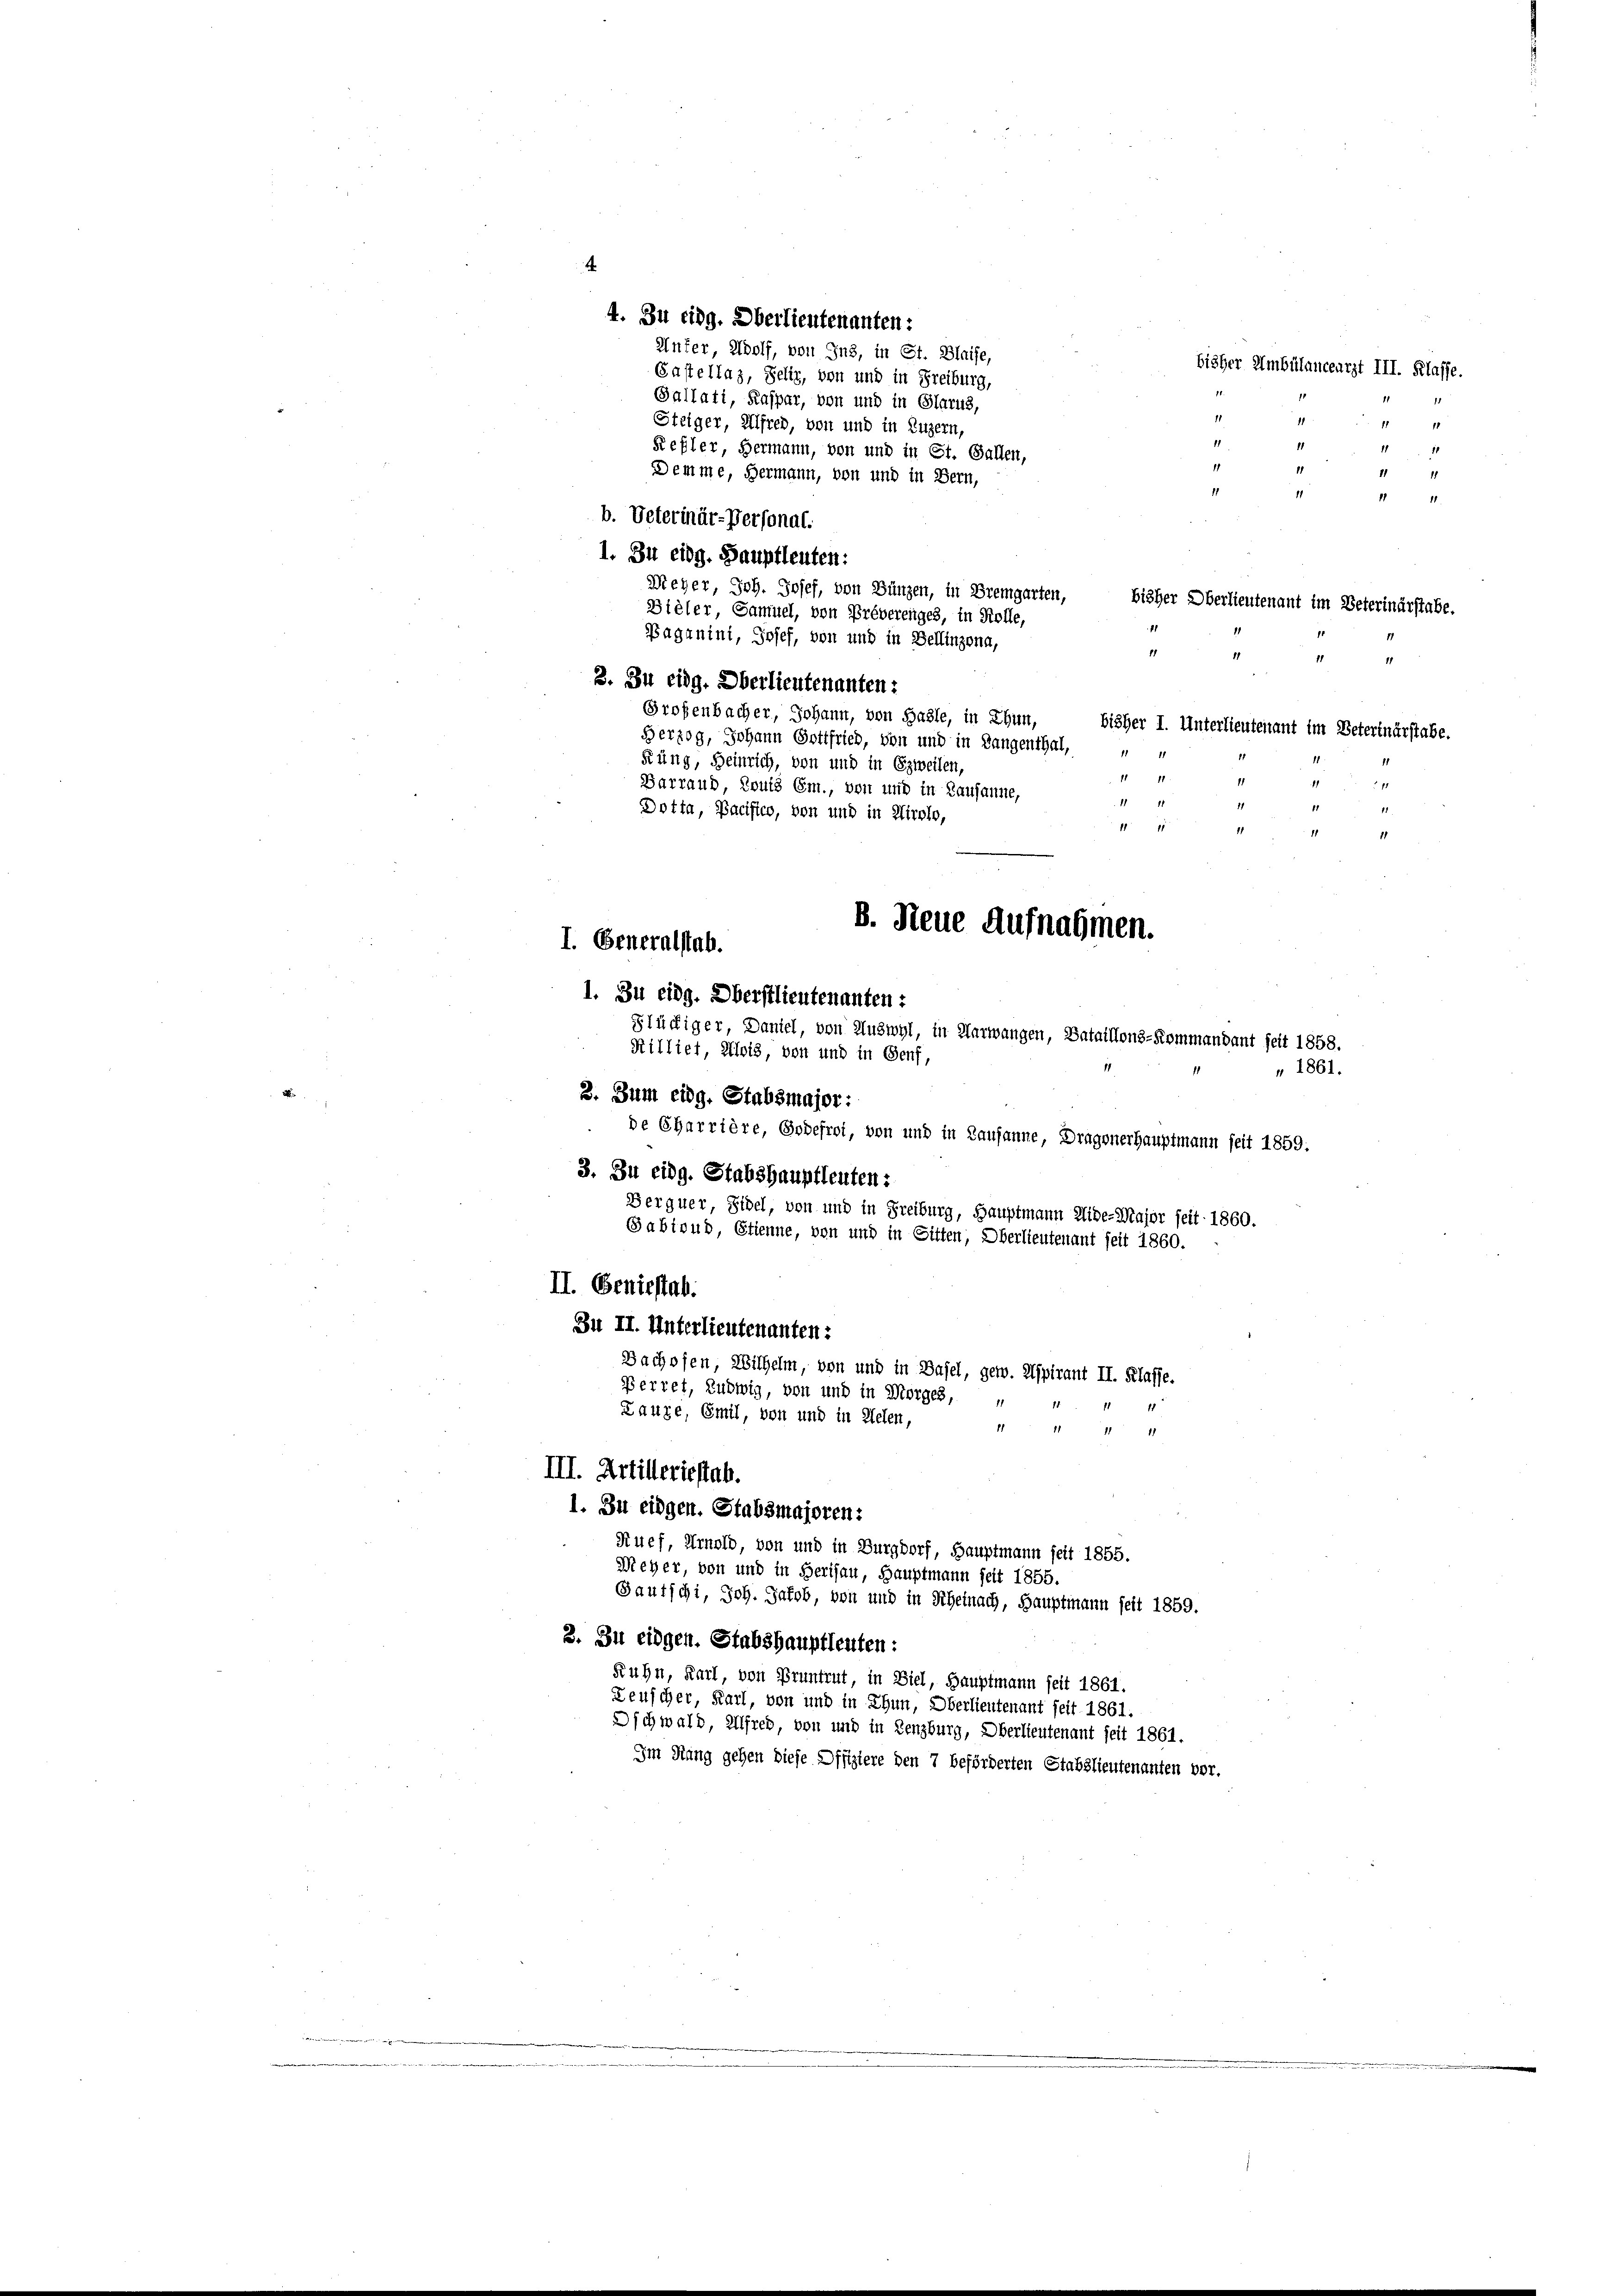
A

4
4. Zu eidg. Oberlieutenanten:
Unter, Wolf, von Jnz, in St. Blaise,
bisher Ambülanceurst III. Klasse.
Castellaz, Jelir, von und in Freiburg,
Sallati, Kaspar, von und in Glarus,
11
1
7
Steiger, Alfred, von und in Luzern,
1
11
Refler, Hermann, von und in St. Gallen,

1
II
Demme, Hermann, von und in Bern,
1
771. 1
b. Veterinär-Personal-
1. Zu eidg. Hauptleuten:
Weyer, Joh. Josef, von Bünzen, in Bremgarten,
bisher Oberlieutenant im Veterinärstabe.
Bieler, Samuel, von Préverenges, in Rolle,
1
Paganini, Josef, von und in Bellinzona,
11
741
3. In eidg. Oberlieutenanten:
Großenbacher, Johann, von Basle, in Thun,
bisher I. Unterlieutenant im Beterinärstabe.
Herzog, Johann Gottfried, von und in Langenthal,
.
1
Kung, Heinrich, von und in Erweilen,
1111.
11
Barraud, Route Em., von und in Lausanne,
1111
41.
Dotta, Pacifico, von und in Airolo,
1
11
11
1
1. Zu eidg. Oberstlieutenanten:
Flüchiger, Daniel, von Auswyl, in Verwangen, Bataillons-Kommandant seit 1858.
Rilliet, Alois, von und in Genf,
2. Zum eidg. Stabsmajor :
de Charrière, Godefrot, von und in Lausanne, Dragonerhauptmann seit 1859:
3. Zu eidg. Stabshauptleuten:
Berquer, Fidel, von und in Freiburg, Hauptmann Eide-Major seit 1860.
Sabtrud, Etienne, von und in Sitten, Oberlieutenant seit 1860.
II. Geniestab.
Zn II. Unterlieutenanten:
Bachosen, Wilhelm, von und in Basel, gew. Aspirant II. Klasse.
Berret, Ludwig, von und in Morges,
11
Lauze, Emil, von und in Zielen,
11
11
1111
III. Artilleriestab.
1. Zu eidgen. Stabsmajoren:
Ruef, Arnold, von und in Burgdorf, Hauptmann seit 1855.
Meyer, von und in Herisau, Hauptmann seit 1855.
Gautschi, Joh. Jakob, von und in Rheinach, Hauptmann seit 1859.
2. Zu eidgen. Stabshauptleuten:
Ruhn, Karl, von Pruntrut, in Ziel, Hauptmann seit 1861.
Teuscher, Karl, von und in Thun, Oberlieutenant seit 1861.
Oschwald, Alfred, von und in Lenzburg, Oberlieutenant seit 1861.
Im Rang gehen diese Offiziere den 7 beförderten Stabslieutenanten vor.

I. Generalstab.

B. Neue Aufnahmen.

1861.